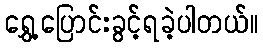
ရွှေ့ပြောင်းခွင့်ရခဲ့ပါတယ်။